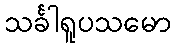
သင်္ခါရူပသမော